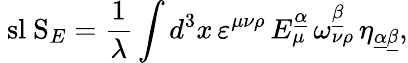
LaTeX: \mathrm{\ sl~S}_{E}={\frac{1}{\lambda}}\int d^{3}x\, \varepsilon^{\mu\nu\rho}\, E_{\mu}^{\underline{{{\alpha}}}}\, \omega_{\nu\rho}^{\underline{{{\beta}}}}\, \eta_{\underline{{{\alpha}}}\underline{{{\beta}}}},